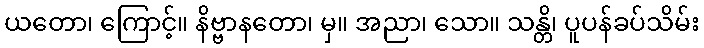
ယတော၊ ကြောင့်။ နိဗ္ဗာနတော၊ မှ။ အညာ၊ သော။ သန္တိ၊ ပူပန်ခပ်သိမ်း